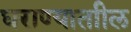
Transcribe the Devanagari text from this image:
घराण्याताील